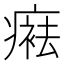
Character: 𤹒